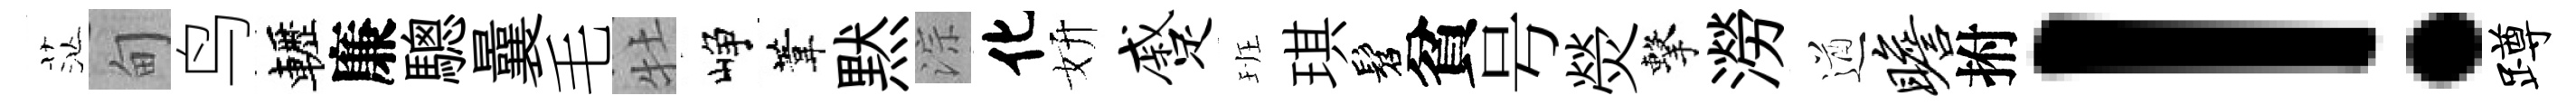
茫甸鸟轣廉驄曩毛牡峥葦黙淙化妍蹙班琪髫貧号熒擊澇遒瞻拊！蹲